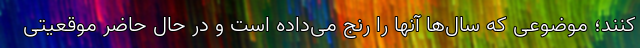
کنند؛ موضوعی که سال‌ها آنها را رنج می‌داده است و در حال حاضر موقعیتی